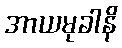
အာယမုခါနိ